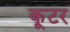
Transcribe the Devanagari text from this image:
कूटर